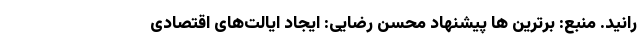
رانید. منبع: برترین ها پیشنهاد محسن رضایی: ایجاد ایالت‌های اقتصادی